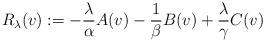
LaTeX: \begin{align*} R_\lambda(v) := -\frac \lambda\alpha A(v) - \frac 1\beta B(v) + \frac \lambda\gamma C(v)\end{align*}